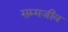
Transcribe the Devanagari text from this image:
सम्मजीव